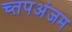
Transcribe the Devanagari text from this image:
च्तपअंजम